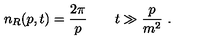
n _ { R } ( p , t ) = \frac { 2 \pi } p \qquad t \gg \frac p { m ^ { 2 } } \ .